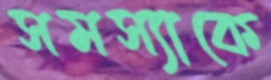
সমস্যাকে